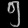
Digit: ၅